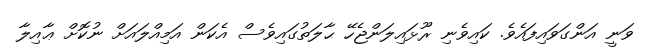
ވަނީ އަންގަވައިފައެވެ. ކައިވެނި ރޫޅައިލަންޖެހޭ ޙާލަތުގައިވެސް އެކަން އަމިއްލައަށް ނުކޮށް ޢާއިލާ